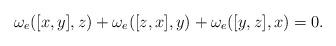
LaTeX: \begin{align*}\omega_e([{x},{y}],{z})+\omega_e([{z},{x}],{y})+\omega_e([{y},{z}],{x})=0.\end{align*}